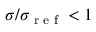
\sigma / \sigma _ { \textnormal { r e f } } < 1